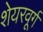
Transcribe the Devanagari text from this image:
शेयरवूर्ग